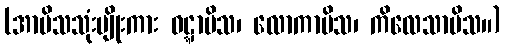
(အာမိသသုံးမျိုးကား ဝဋ္ဋာမိသ၊ လောကာမိသ၊ ကိလေသာမိသ။)